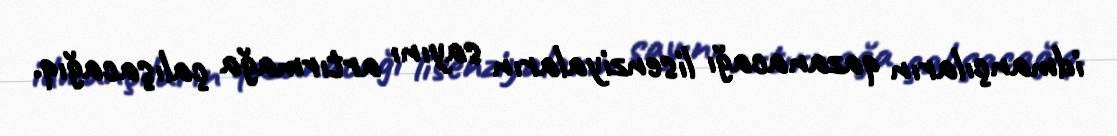
idmançıların qazanacağı lisenziyaların sayını artırmağa çalışacağıq.